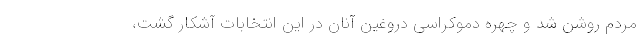
مردم روشن شد و چهره دموکراسی دروغین آنان در این انتخابات آشکار گشت،